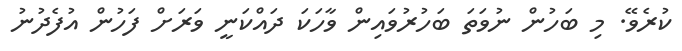
ކުރެވޭ. މި ބަހުން ނުވަތަ ބަހުރުވައިން ވާހަކަ ދައްކަނީ ވަރަށް ފަހުން އުފެދުނު